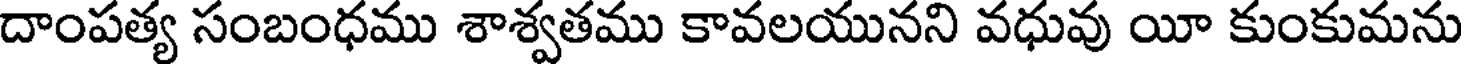
దాంపత్య సంబంధము శాశ్వతము కావలయునని వధువు యీ కుంకుమను